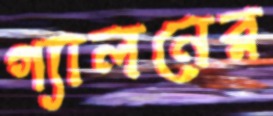
গ্যালনের